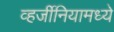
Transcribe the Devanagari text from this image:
व्हर्जीनियामध्ये